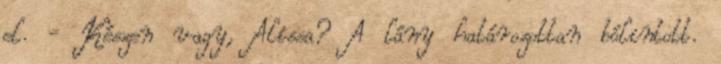
el. - Készen vagy, Alissa? A lány határozottan bólintott.